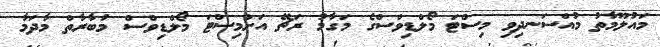
މައުލޫމާތު މުއްސަނދިވި މިސްޓަ މޯލްޑިވްސްގެ މަގާމު ރަޗޭ އަށްމިސްޓަ މޯލްޑިވްސް މުބާރާތް މާދަމާ